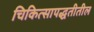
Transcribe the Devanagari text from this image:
चिकित्सापद्धतीतील